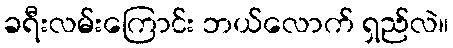
ခရီးလမ်းကြောင်း ဘယ်လောက် ရှည်လဲ။